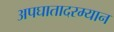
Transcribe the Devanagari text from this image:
अपघातादरम्यान